Report of the Imperial Institute of Veterinary Research, Muktesar
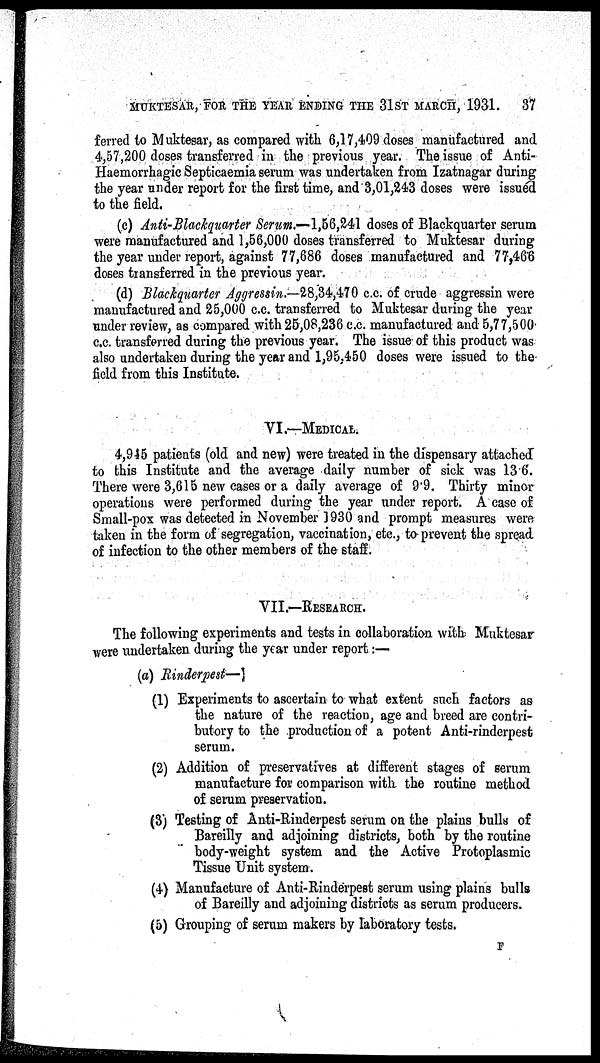
MUKTESAR, FOR THE YEAR ENDING THE 31ST MARCH, 1931.
37
ferred to Muktesar, as compared with 6,17,409 doses manufactured and
4,57,200 doses transferred in the previous year. The issue of Anti¬
Haemorrhagic Septicaemia serum was undertaken from Izatnagar during
the year under report for the first time, and 3,01,243 doses were issued
to the field.
(c) Anti-Blackquarter Serum.—1,56,241 doses of Blackquarter serum
were manufactured and 1,56,000 doses transferred to Muktesar during
the year under report, against 77,686 doses manufactured and 77,466
doses transferred in the previous year.
(d) Blackquarter Aggressin.—28,34,470 c.c. of crude aggressin were
manufactured and 25,000 c.c. transferred to Muktesar during the year
under review, as compared with 25,08,236 c.c. manufactured and 5,77,500
c.c. transferred during the previous year. The issue of this product was
also undertaken during the year and 1,95,450 doses were issued to the
field from this Institute.
VI.—MEDICAL.
4,945 patients (old and new) were treated in the dispensary attached
to this Institute and the average daily number of sick was 13 6.
There were 3,615 new cases or a daily average of 9.9. Thirty minor
operations were performed during the year under report. A case of
Small-pox was detected in November 1930 and prompt measures were
taken in the form of segregation, vaccination, etc., to prevent the spread
of infection to the other members of the staff.
VII.—RESEARCH.
The following experiments and tests in collaboration with Muktesar
were undertaken during the year under report :—
(a) Rinderpest—
(1) Experiments to ascertain to what extent such factors as
the nature of the reaction, age and breed are contri-
butory to the production of a potent Anti-rinderpest
serum.
(2) Addition of preservatives at different stages of serum
manufacture for comparison with the routine method
of serum preservation.
(3) Testing of Anti-Rinderpest serum on the plains bulls of
Bareilly and adjoining districts, both by the routine
body-weight system and the Active Protoplasmic
Tissue Unit system.
(4) Manufacture of Anti-Rinderpest serum using plains bulls
of Bareilly and adjoining distriots as serum producers.
(5) Grouping of serum makers by laboratory tests.
F